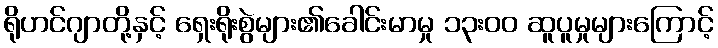
ရိုဟင်ဂျာတို့နှင့် ရှေးရိုးစွဲများ၏ခေါင်းမာမှု ၁၃းဝဝ ဆူပူမှုများကြောင့်